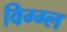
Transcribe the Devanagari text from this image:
विग्ग्ल